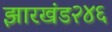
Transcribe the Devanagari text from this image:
झारखंड२४६